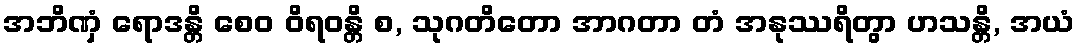
အဘိဏှံ ရောဒန္တိ စေဝ ဝိရဝန္တိ စ, သုဂတိတော အာဂတာ တံ အနုဿရိတွာ ဟသန္တိ, အယံ